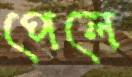
পেলে